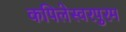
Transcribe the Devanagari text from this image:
कपिलेस्वरपुरम